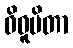
ဝိဓူပိတာ